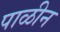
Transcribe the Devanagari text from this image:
पाळीन